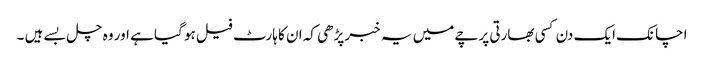
اچانک ایک دن کسی بھارتی پرچے میں یہ خبر پڑھی کہ ان کا ہارٹ فیل ہو گیا ہے اور وہ چل بسے ہیں ۔